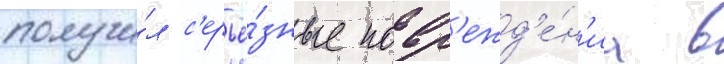
получи́л с'ерьё́зные повр'ежд'е́н'иа в